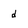
Character: d